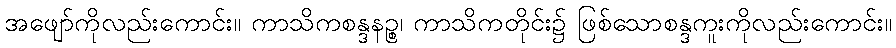
အဖျော်ကိုလည်းကောင်း။ ကာသိကစန္ဒနဉ္စ၊ ကာသိကတိုင်း၌ ဖြစ်သောစန္ဒကူးကိုလည်းကောင်း။